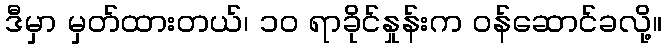
ဒီမှာ မှတ်ထားတယ်၊ ၁၀ ရာခိုင်နှုန်းက ဝန်ဆောင်ခလို့။